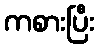
ကစားပြီး